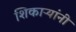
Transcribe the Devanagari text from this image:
शिकाऱ्यांनी